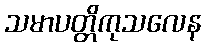
သမာပတ္တိကုသလေန